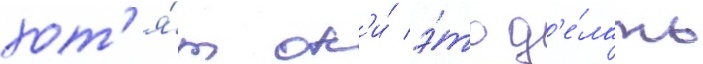
хот'я́т он'и́ э́то д'е́лать